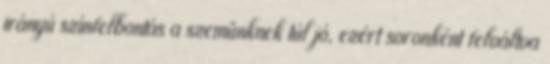
irányú színfelbontás a szemünknek túl jó, ezért soronként felváltva